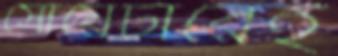
সোয়েটারেই